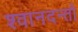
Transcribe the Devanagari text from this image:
श्वानदन्तों